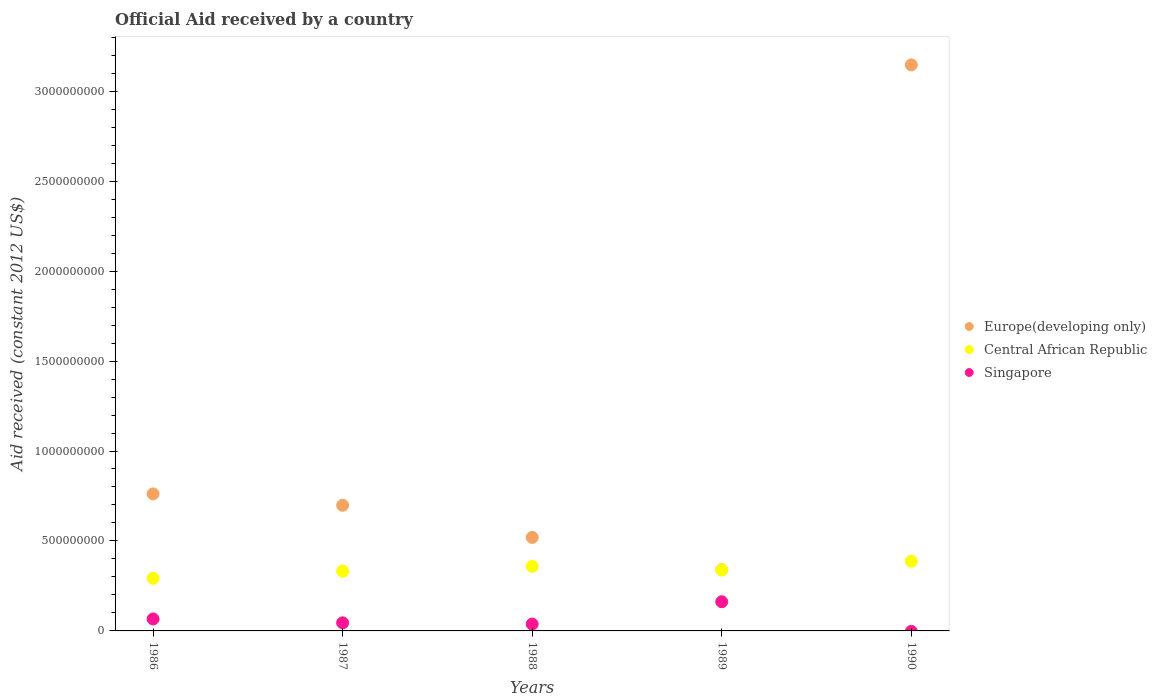
| Years | Europe(developing only) | Central African Republic | Singapore |
 | --- | --- | --- | --- |
 | 1986 | 7.62e+08 | 2.93e+08 | 6.65e+07 |
 | 1987 | 6.98e+08 | 3.32e+08 | 4.5e+07 |
 | 1988 | 5.2e+08 | 3.59e+08 | 3.82e+07 |
 | 1989 | 3.4e+08 | 3.39e+08 | 1.62e+08 |
 | 1990 | 3.15e+09 | 3.88e+08 | -2.69e+06 |